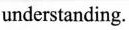
understanding.